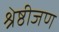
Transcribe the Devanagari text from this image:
श्रेष्ठीजण